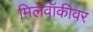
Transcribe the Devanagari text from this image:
मिलवॉकीवर